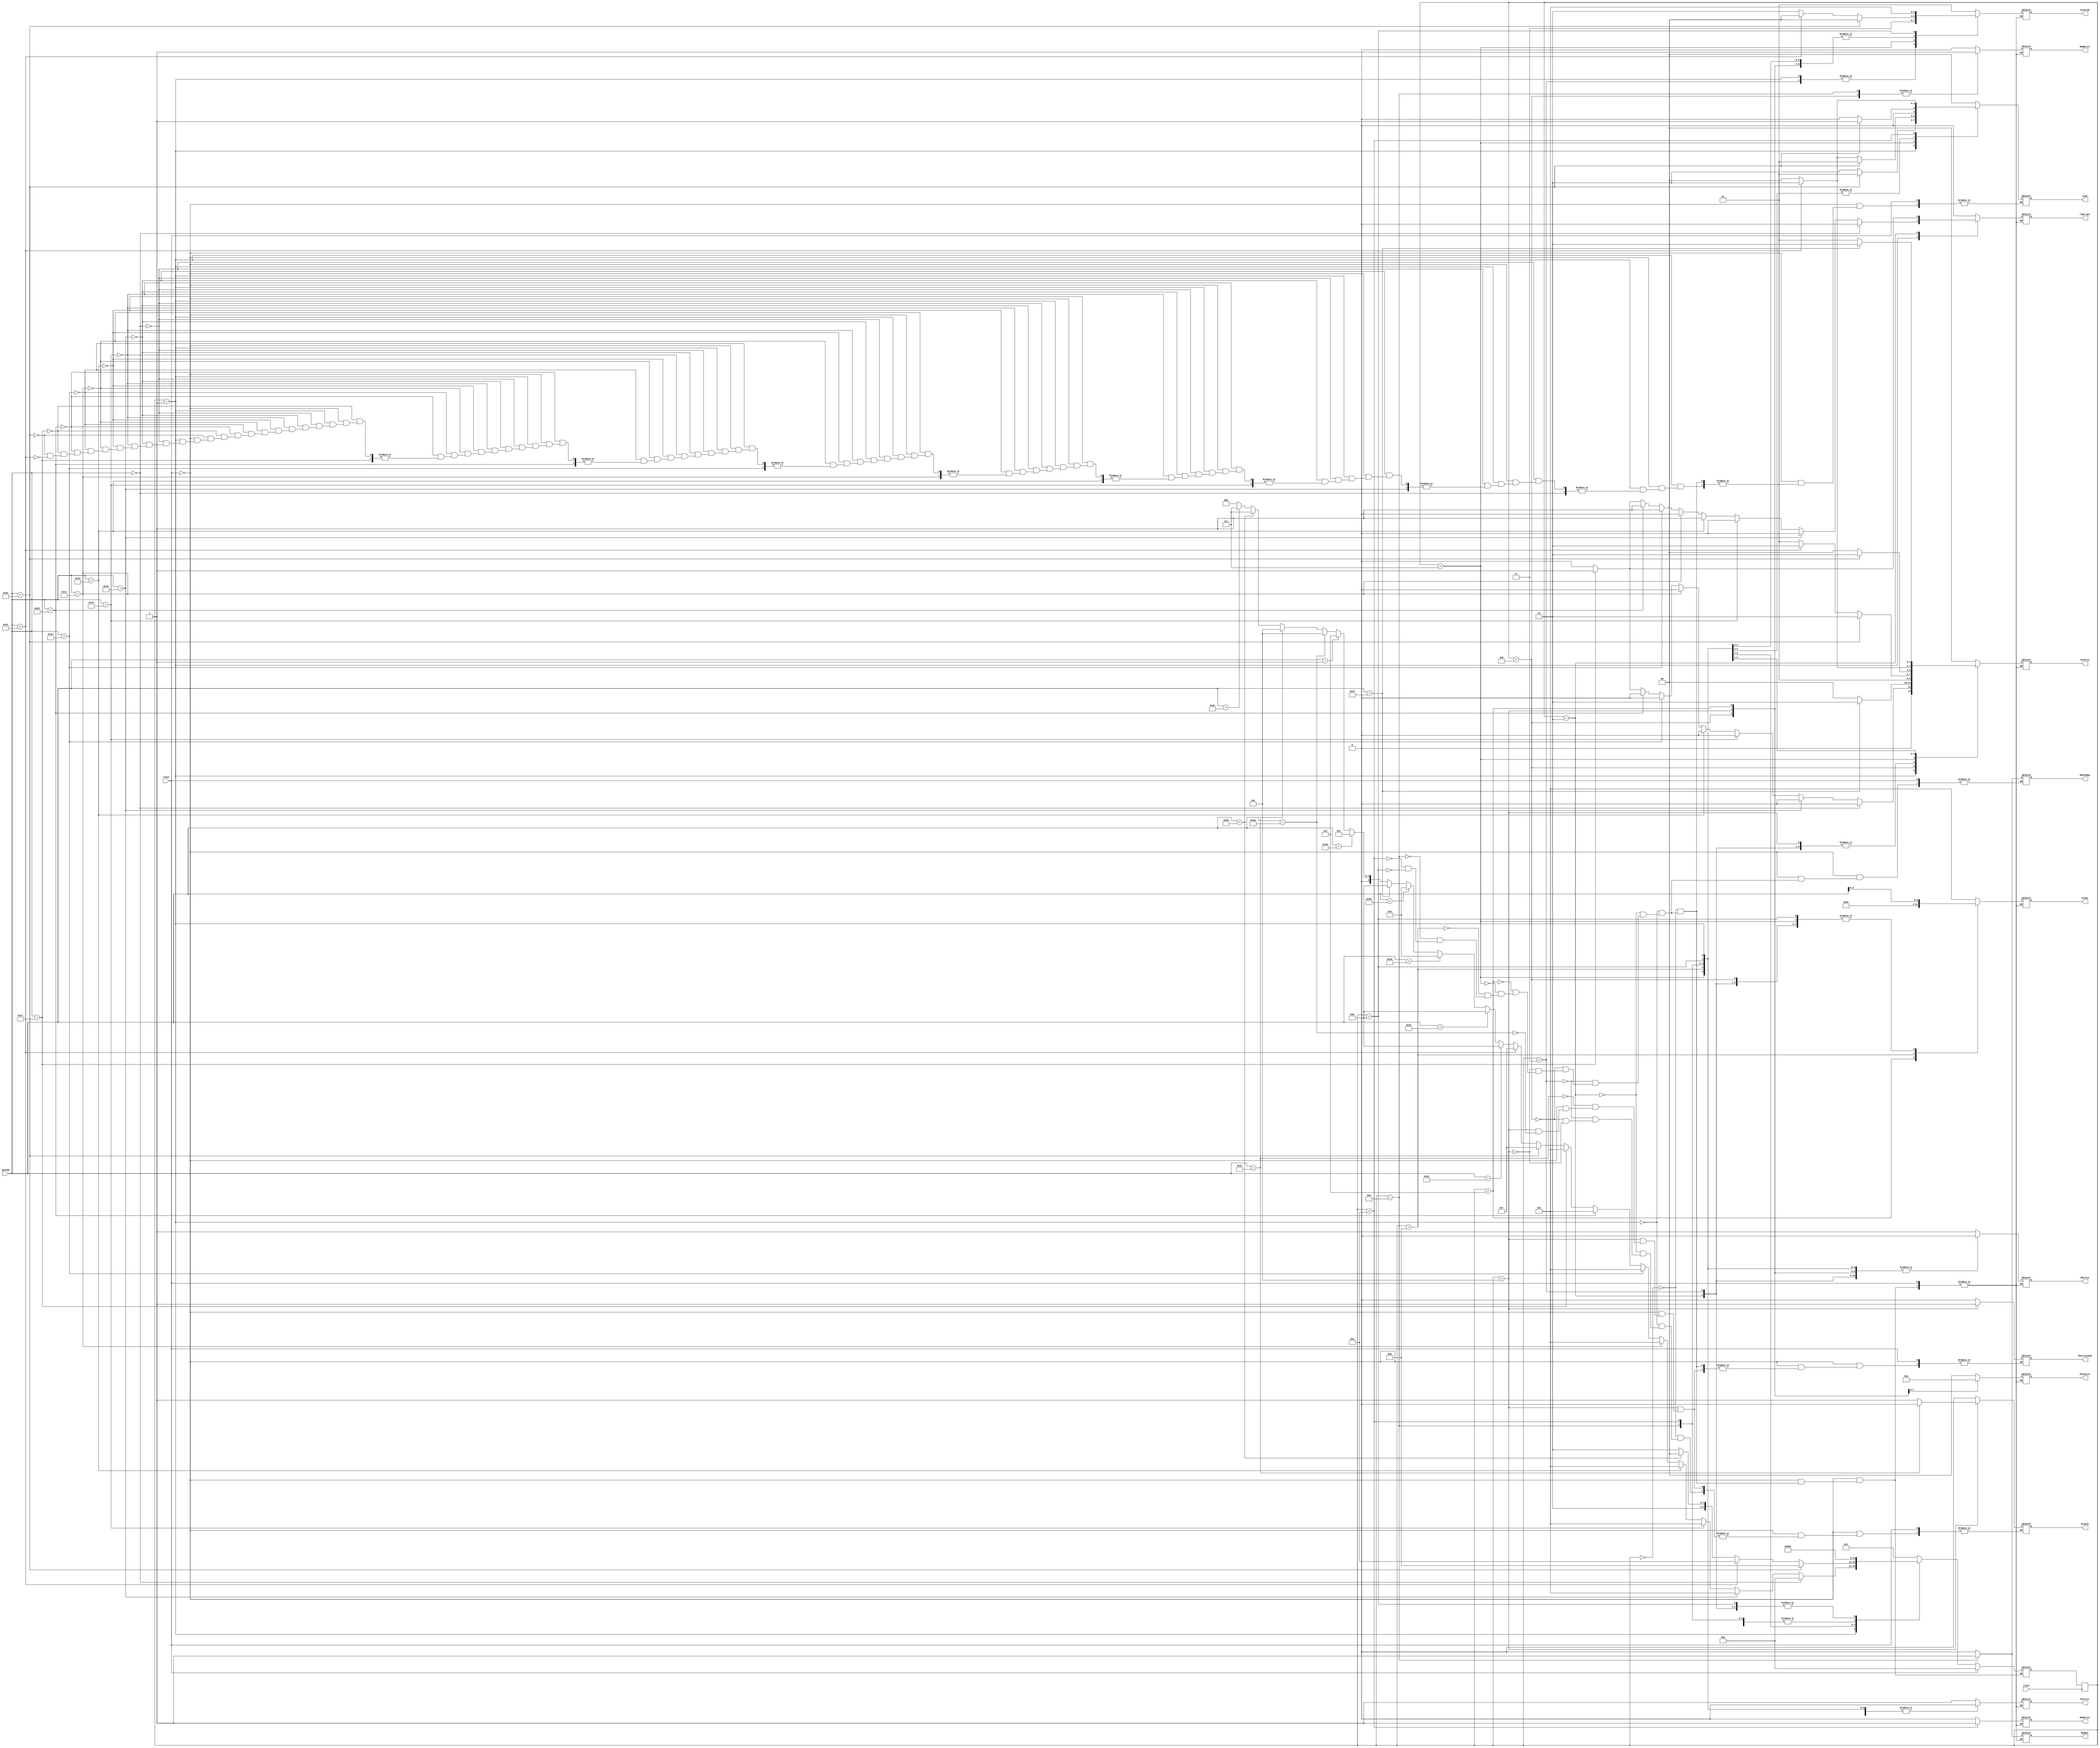
module Controller(clock,reset,opcode,IRwrite,MemWrite,MemtoReg,ALUsrcA,ALUsrcB,PCsource,ALUop,RegWrite,branch,PCwrite,PCwritecond,RegDst,regA_mux,Load);

//dont need memread, always reading
output reg IRwrite,MemWrite,MemtoReg,RegWrite,PCwrite,PCwritecond,RegDst,branch,regA_mux;//added branch signal
output reg [3:0] ALUop;
output reg [1:0] PCsource,Load;
output reg [1:0] ALUsrcB,ALUsrcA;

input clock,reset;
input[5:0] opcode;

reg[3:0]state;
reg[3:0]next_state;

initial
begin
	state = 4'd0;
	next_state = 4'd0;
	IRwrite = 0;
	MemWrite = 0;
	MemtoReg = 0;
	ALUsrcB = 2'b00;
	branch = 0;
	Load=0;
	ALUsrcA = 0;
	PCsource = 0;
	ALUop = 4'b0010;
	RegWrite = 0;
	RegDst = 0;
	PCwrite = 0;
	PCwritecond = 0;
	regA_mux = 0;
	
	
end

always @( posedge clock)
state = next_state;
always @(reset or state or opcode)
begin

	if(reset)
	next_state = 4'd0;
else

	case(state)
		4'd0: begin //IF
			ALUsrcA = 2'b0;
			IRwrite = 1'b1;
			branch = 1'b0;
			ALUsrcB=2'b01;
			ALUop = 4'b0010;
			Load=0;
			PCwrite = 1'b1;
			PCsource=2'b00;
			MemWrite = 1'b0;
			PCwritecond = 1'b0;
			RegWrite = 1'b0; 
			RegDst = 0;
			regA_mux = 0;
			next_state = 4'd1;
			end
		4'd1: begin//ID
			//R TYPE
			IRwrite = 0;
			MemWrite = 0;
			MemtoReg = 0;
			ALUsrcB = 2'b11;
			ALUsrcA = 0;
			regA_mux = 0;
			PCsource = 0;
			branch = 1'b0;
			ALUop = 4'b0010;
			RegWrite = 0;
			RegDst = 0;
			PCwrite = 0;
			PCwritecond = 0;
				if (opcode==6'b000000)			//NOOP
					next_state = 4'd0;
				else if (opcode==6'b010000)			//MOV
					next_state = 4'd2;
				else if (opcode==6'b010001)			//NOT
					next_state = 4'd2;
				else if (opcode==6'b010010)			//ADD
					begin
					regA_mux = 1;
					next_state = 4'd2;
					end
				else if (opcode==6'b010011)			//SUB
					begin
				
					next_state = 4'd2;
					end
				else if (opcode==6'b010100)// OR
					begin
					regA_mux = 1;
					next_state = 4'd2;
					end
				else if (opcode==6'b010101) // AND
					begin
					regA_mux = 1;
					next_state = 4'd2;
					end
				else if (opcode==6'b010111) // SLT
					begin
					regA_mux = 1;
					ALUsrcA = 1;
					next_state = 4'd2;
					end
				else if(opcode == 6'b111010)//lw
					begin
					Load=1;
					next_state = 4'd7;
					end
				else if(opcode == 6'b110001)//sw
					begin
					Load = 2'd2;
					next_state = 4'd7;
					end
					
					//I TYPE
				else if (opcode==6'b110010) //ADDI
					next_state = 4'd11;
				else if (opcode==6'b110011) //SUBI
					next_state = 4'd11;
				else if (opcode==6'b110100)//ORI
					next_state = 4'd3;
				else if (opcode==6'b110101)//ANDI
					next_state = 4'd3;
				else if (opcode==6'b110111)//SLTI
					next_state = 4'd11;
				else if(opcode==6'b111001)//LI
					next_state = 4'd3;
				//JUMP	
				else if (opcode==6'b000001)//JUMP
					next_state = 4'd6;
					//BRANCH
				else if(opcode==6'b100000)//BEQ
					next_state = 4'd5;
				else if(opcode==6'b100001)//BNE
					next_state = 4'd5;
				//LWI OR SWI
				else if (opcode==6'b111011)//LWI
					next_state = 4'd7;
				else if(opcode==6'b111100)//SWI
					next_state = 4'd7;
				else
					next_state = 4'd0;
					end
		4'd2:begin//R TYPE
			IRwrite = 0;
			MemWrite = 0;
			MemtoReg = 0;
			ALUsrcB = 2'b00;
			ALUsrcA = 1;
			branch = 1'b0;
			Load=0;
			PCsource = 0;
			ALUop = opcode[3:0];
			RegWrite = 0;
			RegDst = 0;
			 if (opcode==6'b010111)
				regA_mux = 1;
			else
			regA_mux = 0;
			PCwrite = 0;
			PCwritecond = 0;
			next_state = 4'd4;
			end
		4'd3: begin //I Type -Zero extend
			IRwrite = 0;
			MemWrite = 0;
			MemtoReg = 0;
			Load=0;
			ALUsrcB = 2'b11;// zero extend
			ALUsrcA = 1;
			PCsource = 2'b00;
			branch = 1'b0;
			regA_mux = 0;
			ALUop = opcode[3:0];
			RegWrite = 0;
			RegDst = 0;
			PCwrite = 0;
			PCwritecond = 0;
			next_state = 4'd4;
			end
		4'd4:begin // ALU Completion
			IRwrite = 0;
			MemWrite = 0;
			MemtoReg = 0;
			Load=0;
			ALUsrcB = 2'b00;
			regA_mux = 0;
			branch = 1'b0;
			 if (opcode==6'b010111) //slt
			 ALUsrcA = 1;
			 if (opcode==6'b110111) //slti
			 begin
			 ALUsrcA = 2'd2;
			 end
			 else
			ALUsrcA = 0;
			PCsource = 2'b00;
			ALUop = opcode[3:0];
			RegWrite = 1;
			RegDst = 0;
			PCwrite = 0;
			PCwritecond = 0;
			next_state = 4'd0;
			end
		4'd5: begin // Branch
			IRwrite = 0;
			Load=0;
			MemWrite = 0;
			MemtoReg = 0;
			ALUsrcB = 2'b00;
			regA_mux = 0;
			ALUsrcA = 1;
			PCsource = 2'b01;
			ALUop = 4'b0010;
			RegWrite = 0;
			RegDst = 0;
			PCwrite = 0;
			if(opcode==6'b100000) // accounts for beq
			begin
			PCwritecond = 1;
			branch = 1'b1;//just added signal for mux
			end
			if(opcode==6'b100001)// accounts for bne
			begin
			PCwritecond = 1;
			branch = 1'b0;//just added signal for mux
			end
			next_state = 4'd0;
			
			end
		4'd6:begin// Jump
			IRwrite = 0;
			MemWrite = 0;
			Load=0;
			MemtoReg = 0;
			ALUsrcB = 2'b00;
			ALUsrcA = 0;
			regA_mux = 0;
			PCsource = 2'b10;
			ALUop = 4'b0110; //default case
			RegWrite = 0;
			RegDst = 0;
			PCwrite = 1;
			PCwritecond = 0;
			next_state = 4'd0;
			end
		4'd7: begin//Memory address computation
				if(opcode == 6'b111011)//LWI
					next_state = 4'd8;
				else
					next_state = 4'd10; //SWI
						IRwrite = 0;
			MemWrite = 0;
			MemtoReg = 0;
			ALUsrcB = 2'b10;
			if(opcode == 6'b111010)//lw
			begin
			Load=1;
			ALUsrcA = 2;
			ALUsrcB=0;
			next_state = 4'd8;
			end
			else if(opcode == 6'b110001)//sw
			begin
			Load=2'd2;
			ALUsrcA = 2;
			ALUsrcB=0;
			next_state = 4'd10;
			end
			else
			begin
			ALUsrcA = 1;
			Load = 0;
			end
			PCsource = 2'b00;
			ALUop = opcode[3:0];
			RegWrite = 0;
			regA_mux = 0;
			RegDst = 0;
			PCwrite = 0;
			PCwritecond = 0;
			end
		4'd8:begin // MemRead LWI
			IRwrite = 0;
			MemWrite = 0;
			MemtoReg = 0;
			if(opcode == 6'b111010)
			begin
			Load=1;
			end
			else
			Load =0;
			ALUsrcB = 2'b00;
			ALUsrcA = 0;
			PCsource = 2'b00;
			ALUop = 4'b1110;
			RegWrite = 0;
			RegDst = 0;
			PCwrite = 0;
			regA_mux = 0;
			PCwritecond = 0;
			next_state = 4'd9;
			end
		4'd9: begin // Write back step
			IRwrite = 0;
			MemWrite = 0;
			MemtoReg = 1;
			if(opcode == 6'b111010)
			begin
			Load = 1;
			ALUsrcA = 2'd2;
			end
			else
			begin
			Load = 0;
			ALUsrcA = 0;
			end
			ALUsrcB = 2'b00;
			PCsource = 2'b00;
			ALUop = 4'b0010;
			RegWrite = 1;
			regA_mux = 0;
			RegDst = 1;
			PCwrite = 0;
			PCwritecond = 0;
			next_state = 4'd0;
			end
		4'd10: //MemWrite
				begin
			next_state = 4'd0;
			IRwrite = 0;
			MemWrite = 1;
			MemtoReg = 0;
			ALUsrcB = 2'b00;
			ALUsrcA = 0;
			Load = 0;
			if(opcode == 6'b110001)//sw
			begin
			ALUsrcA = 2'd2;
			Load = 2'd2;
			end
			regA_mux = 0;
			
			PCsource = 2'b00;
			ALUop = 4'b0010;
			RegWrite = 0;
			RegDst = 0;
			PCwrite = 0;
			PCwritecond = 0;
			end
		4'd11://I type-sign extend
			begin
			IRwrite = 0;
			MemWrite = 0;
			MemtoReg = 0;
			ALUsrcB = 2'b10;// sign extend
			 if (opcode==6'b110111) //slti
			 begin
			 ALUsrcA = 2'd2;
			 end
			 else
			ALUsrcA = 1;
			PCsource = 2'b00;
			ALUop = opcode[3:0];
			regA_mux = 0;
			Load =0;
			RegWrite = 0;
			RegDst = 0;
			PCwrite = 0;
			PCwritecond = 0;
			next_state = 4'd4;
			end
	endcase
	end
													
endmodule